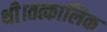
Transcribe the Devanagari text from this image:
थी।तत्कालिक